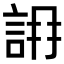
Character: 𧧛